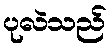
ပုလဲသည်